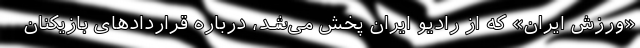
«ورزش ایران» که از رادیو ایران پخش می‌شد، درباره قراردادهای بازیکنان